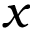
x